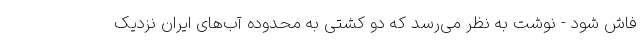
فاش شود - نوشت به نظر می‌رسد که دو کشتی به محدوده آب‌های ایران نزدیک